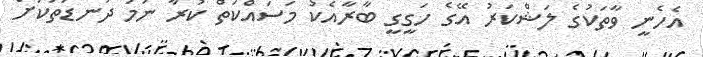
އެހެނީ ވާތަކުގެ ލަޝްކަރު އޭގެ ހަގީގީ ބާރާއެކު މަސައްކަތް ކުރާ ނަމަ ދަނޑުތަކަށް